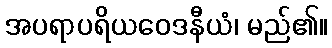
အပရာပရိယဝေဒနီယံ၊ မည်၏။